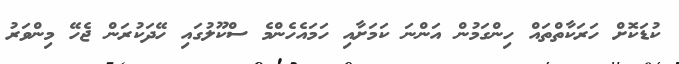
ކުޑަކޮށް ހަރަކާތްތައް ހިންގަމުން އަންނަ ކަމަށާއި ހަމައެހެންމެ ސްކޫލުގައި ހޭދަކުރަން ޖެހޭ މިންވަރު